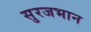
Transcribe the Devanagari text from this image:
सुरजभान